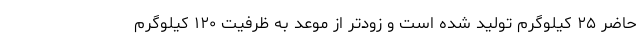
حاضر ۲۵ کیلوگرم تولید شده است و زودتر از موعد به ظرفیت ۱۲۰ کیلوگرم